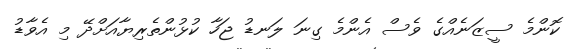
ކޮންމެ ސީޒަނެއްގެ ވެސް އެންމެ ގިނަ ލަނޑު ޖަހާ ކުޅުންތެރިޔާއަށްދޭ މި އެވާޑު